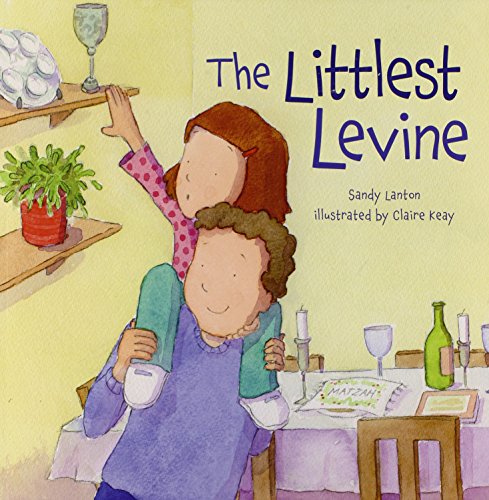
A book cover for The Littlest Levine (Passover); Sandy Lanton; Children's Books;